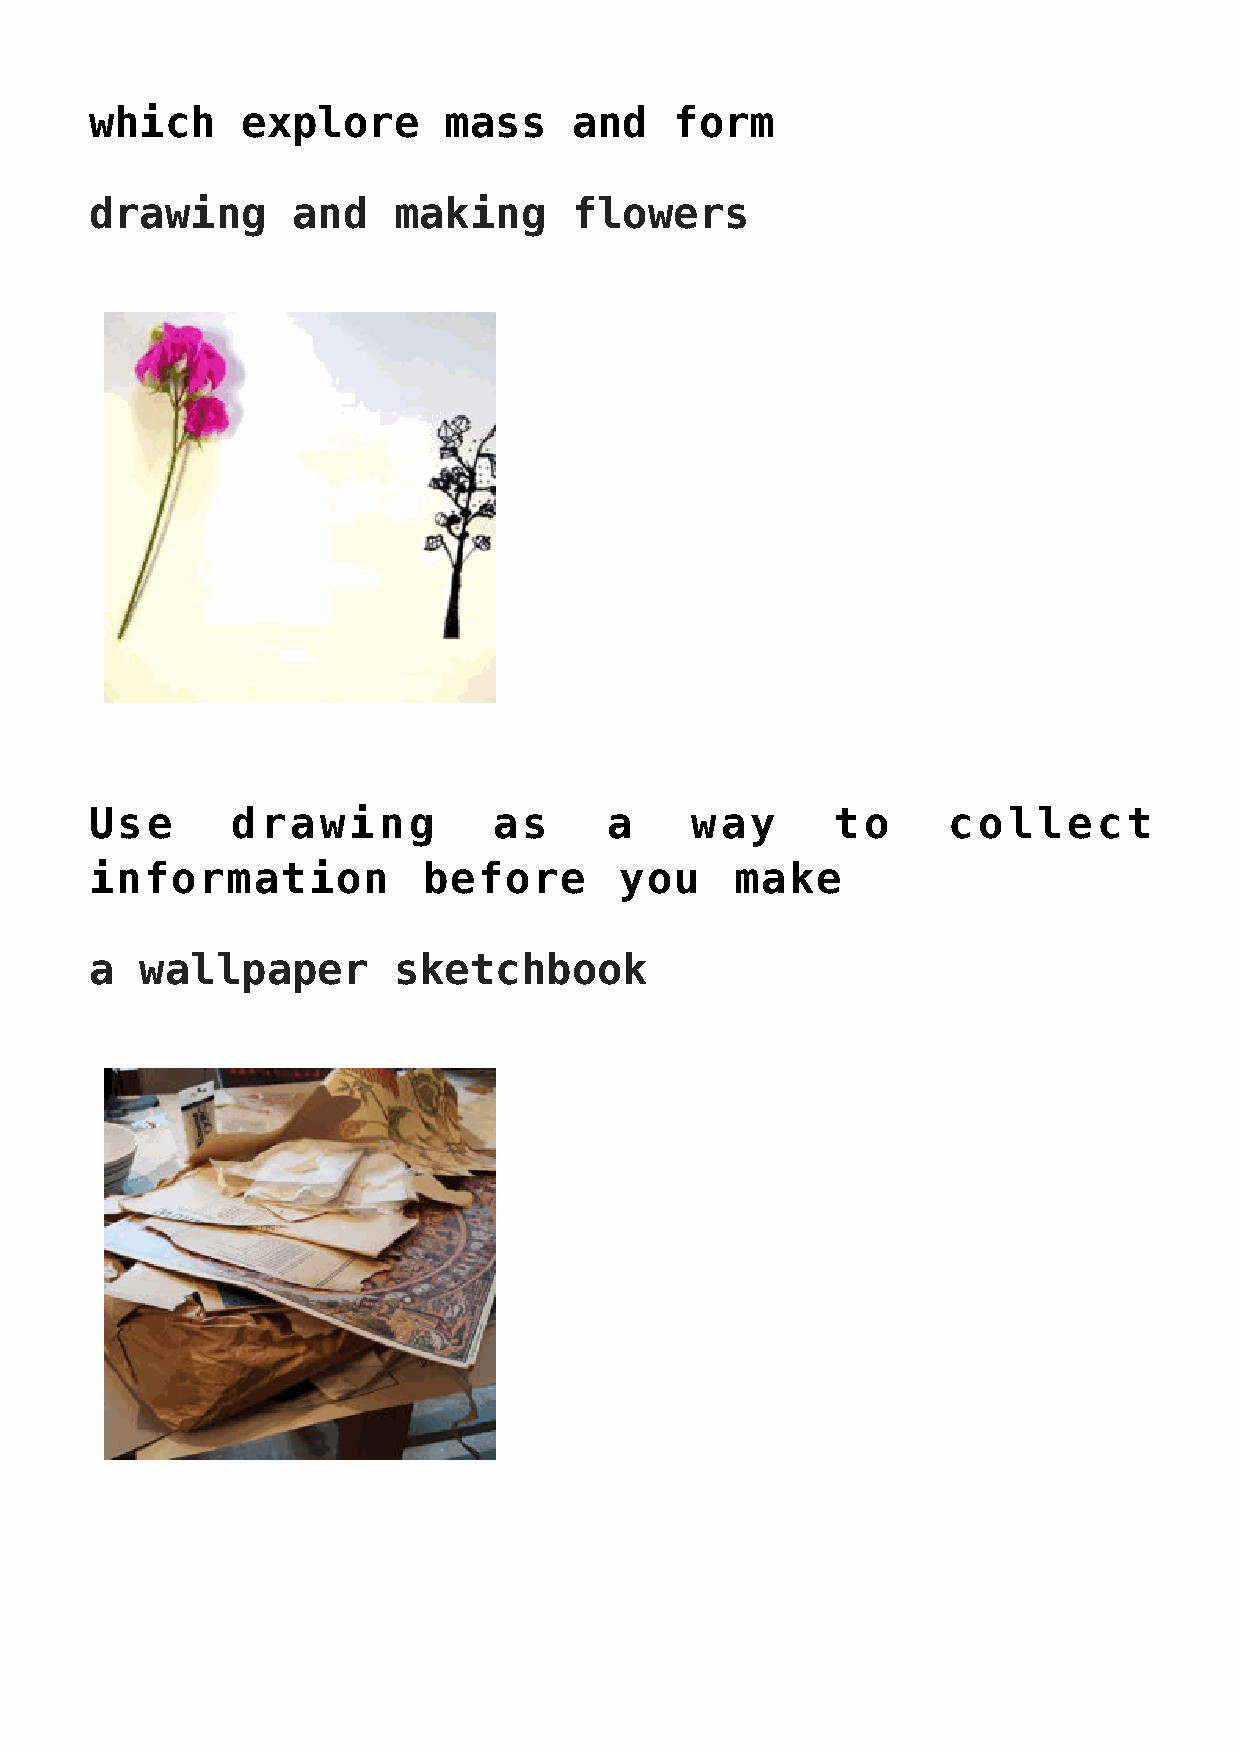
which     explore      mass     and    form
 drawing      and    making      flowers
 Use      drawing           as     a     way      to      collect
 information           before       you     make
 a  wallpaper        sketchbook